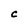
Character: C